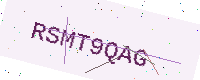
Text: RSMT9QAG